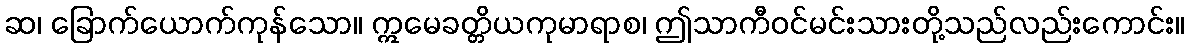
ဆ၊ ခြောက်ယောက်ကုန်သော။ ဣမေခတ္တိယကုမာရာစ၊ ဤသာကီဝင်မင်းသားတို့သည်လည်းကောင်း။